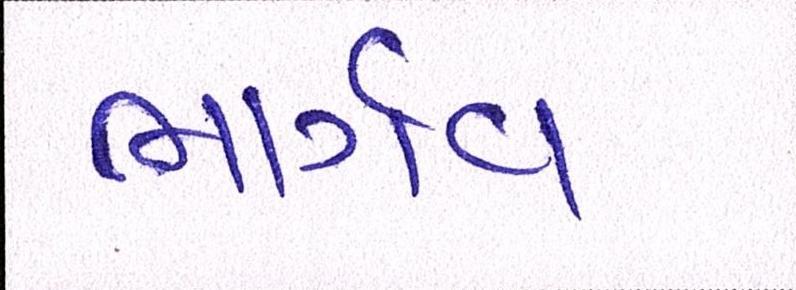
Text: ભાર્ગવ